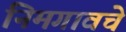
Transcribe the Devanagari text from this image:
निमगावचे